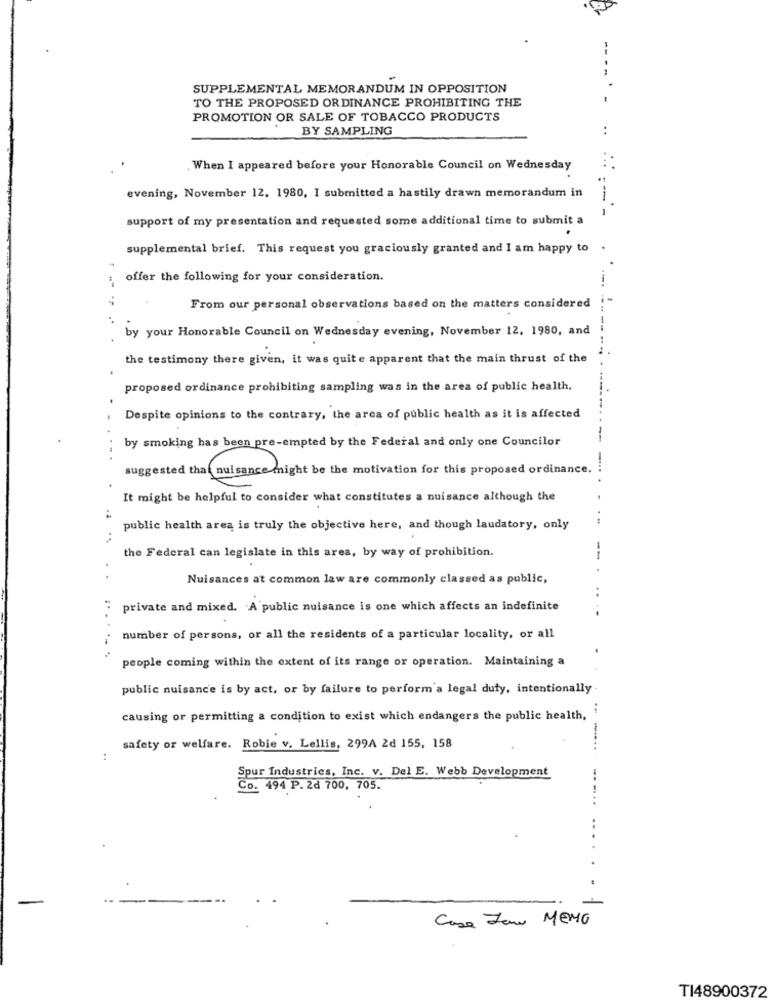
--
SUPPLEMENTAL MEMORANDUM IN OPPOSITION
TO THE PROPOSED ORDINANCE PROHIBITING THE
PROMOTION OR SALE OF TOBACCO PRODUCTS
BY SAMPLING
.When I appeared before your Honorable Council on Wednesday
evening, November 12, 1980, I submitted a hastily drawn memorandum in
---
support of my presentation and requested some additional time to submit a
supplemental brief. This request you graciously granted and I am happy to
offer the following for your consideration.
--.
From our personal observations based on the matters considered
by your Honorable Council on Wednesday evening, November 12, 1980, and
. ....
the testimony there given, it was quite apparent that the main thrust of the
proposed ordinance prohibiting sampling was in the area of public health.
Despite opinions to the contrary, the area of public health as it is affected
by smoking has been pre-empted by the Federal and only one Councilor
suggested that nuisance might be the motivation for this proposed ordinance.
It might be helpful to consider what constitutes a nuisance although the
:
public health area is truly the objective here, and though laudatory, only
..
the Federal can legislate in this area, by way of prohibition.
Nuisances at common law are commonly classed as public,
private and mixed. A public nuisance is one which affects an indefinite
number of persons, or all the residents of a particular locality, or all
........
people coming within the extent of its range or operation. Maintaining a
public nuisance is by act, or by failure to perform a legal duty, intentionally .
causing or permitting a condition to exist which endangers the public health,
safety or welfare. Robie v. Lellis, 299A 2d 155, 158
:
Spur Industries, Inc. v. Del E. Webb Development
Co. 494 P. 2d 700, 705.
Casa Jaw MEMO
TI48900372